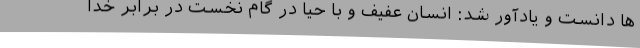
ها دانست و یادآور شد: انسان عفیف و با حیا در گام نخست در برابر خدا